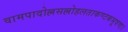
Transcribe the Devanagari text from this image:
वामपादोल्लसल्लोहलताकण्टकभूषणा।